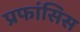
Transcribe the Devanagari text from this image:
प्रफांसिस